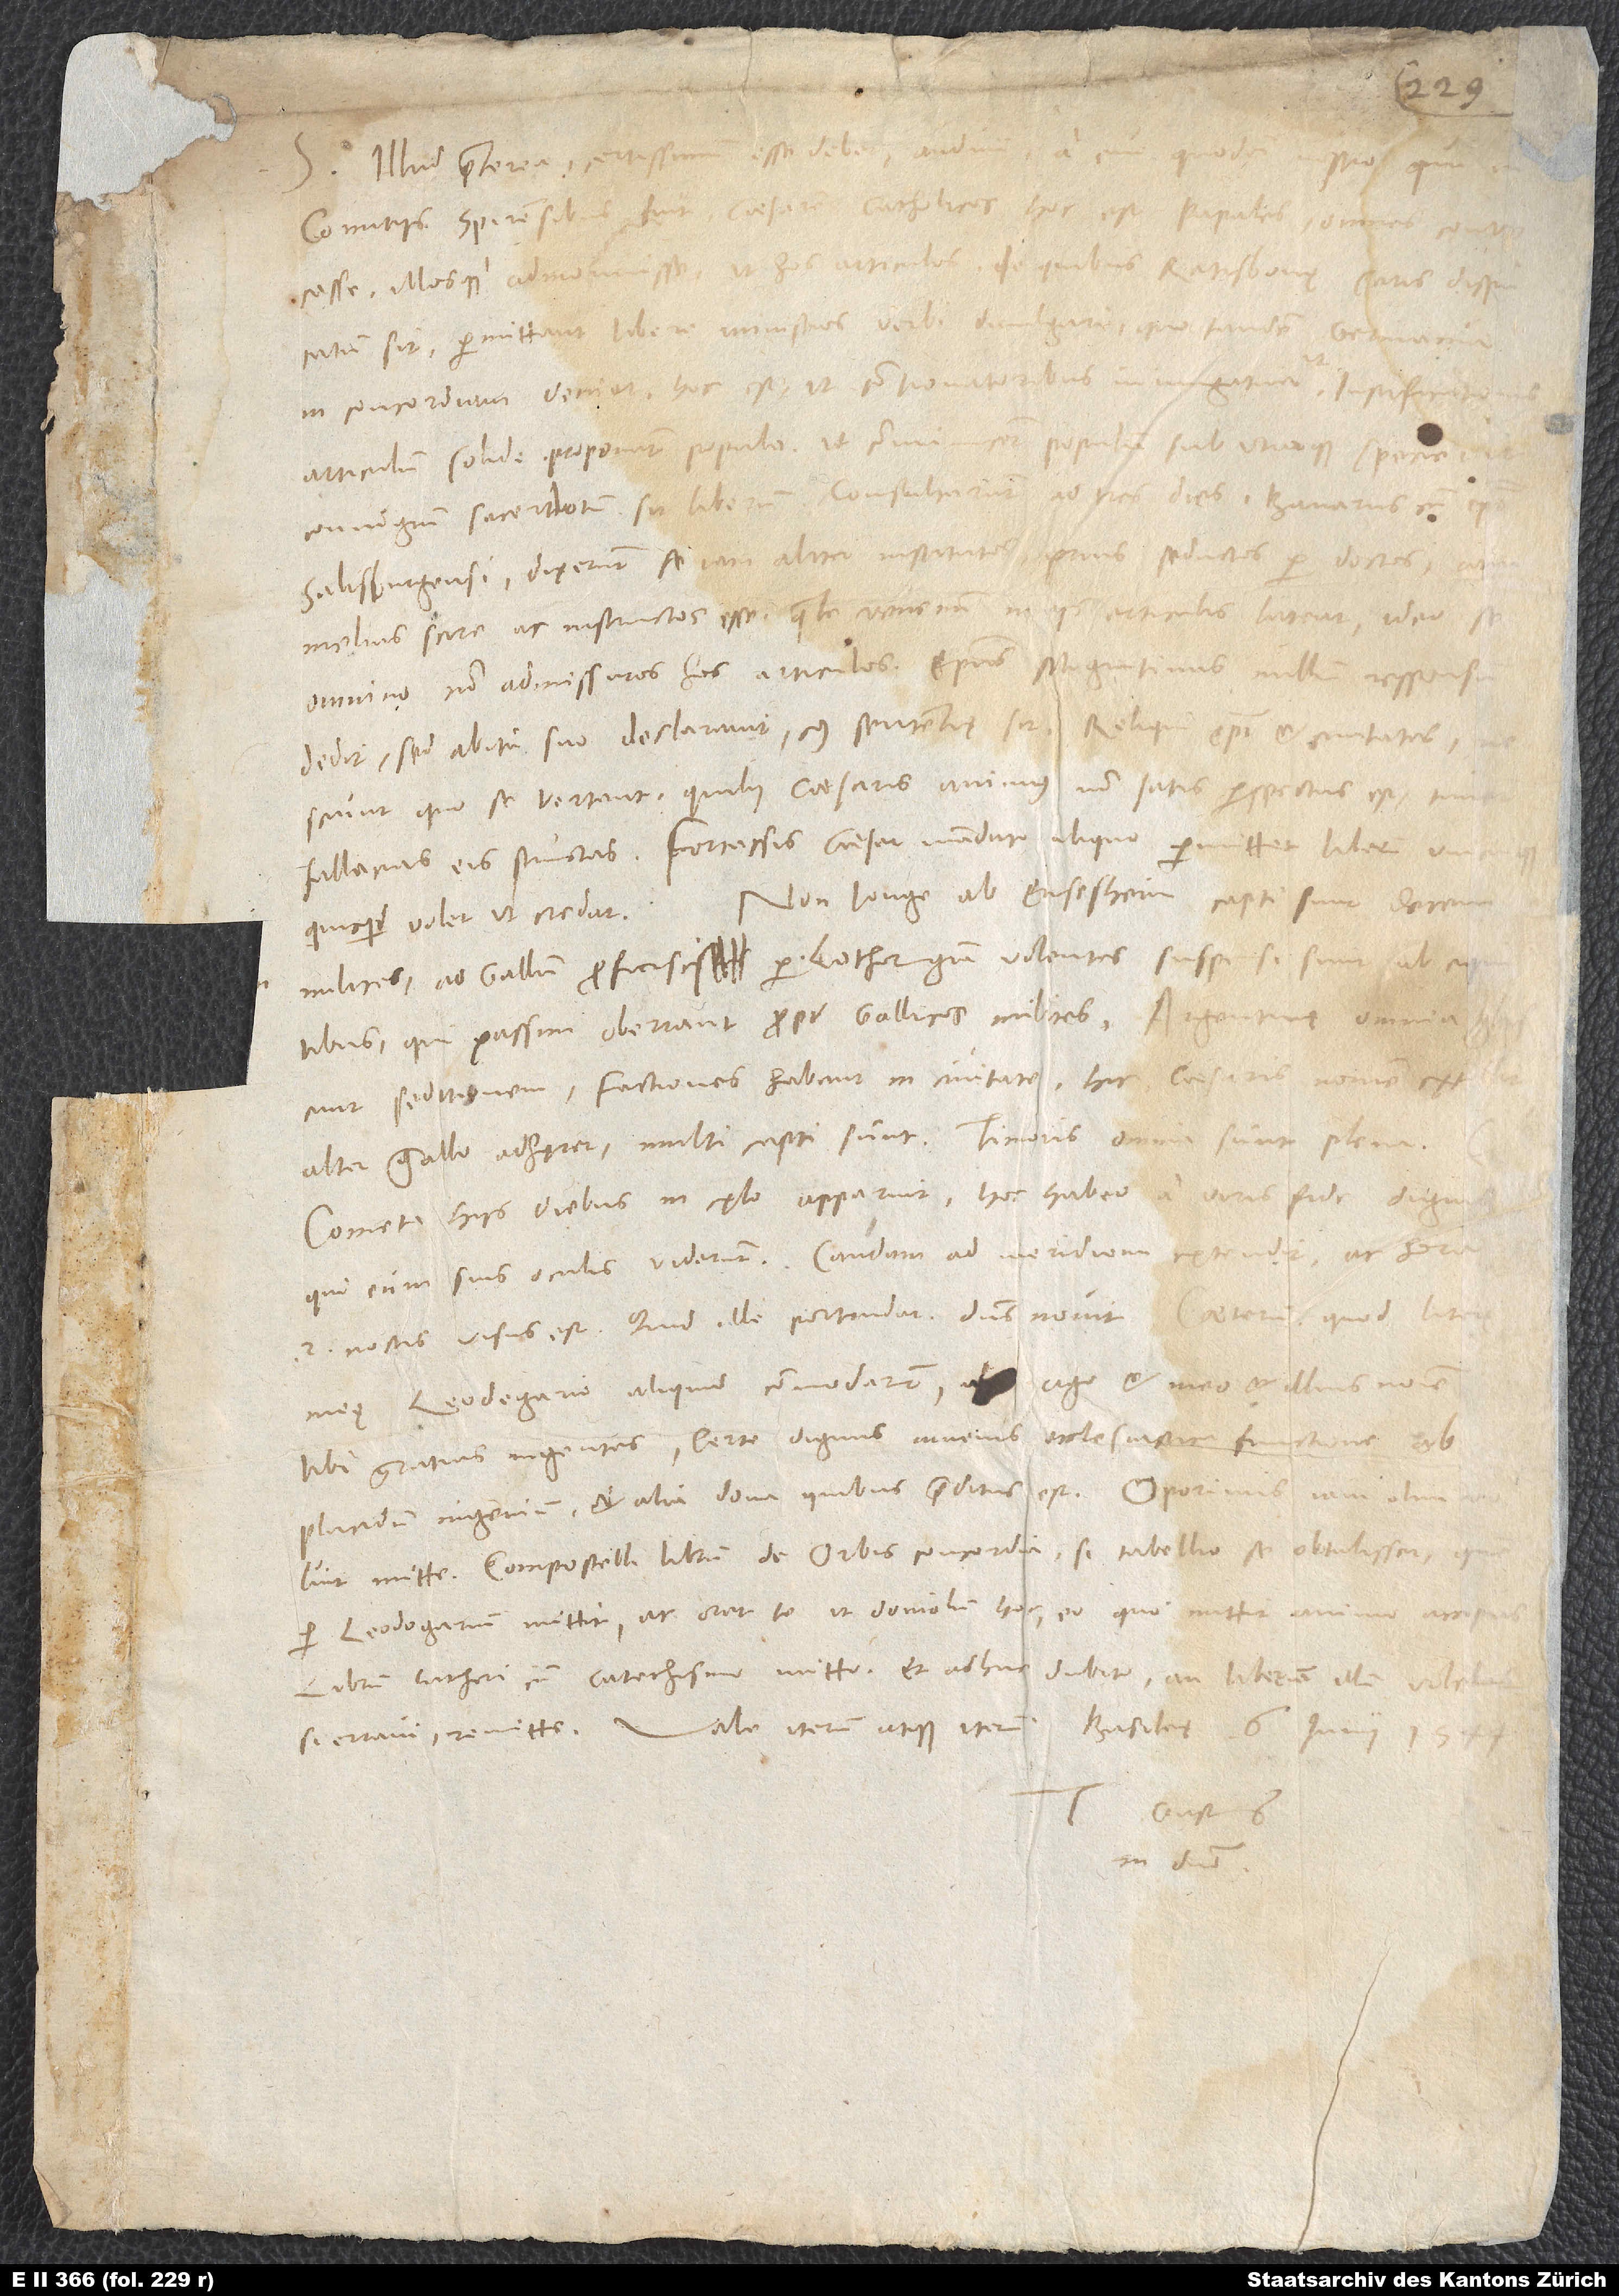
S. Illud praeterea certissimum esse debet, audivi a cive quodam
comitiis Spirensibus fuit, caesarem catholicos, hoc est papales, omnes convocasse
illosque admonuisse, ut hos articulos, de quibus Ratisbonę satis disputatum
sit, permittant libere ministros verbi divulgare, quo tandem Germania
in concordiam veniat, hoc est, ut contionatoribus iniungatur, ut iustificationis
articulum solide proponant populo, ut communicent populum sub utraque specie,
coniugium sacerdotum sit liberum. Consultarunt ad tres dies. Bavarus cum
Salisburgensi dixerunt se iam aliter institutos, prius seductos per doctos, iam
melius scire ac instructos esse, quale venenum in iis articulis lateat; ideo se
dedit, sed abitu suo declaravit, cuius sententię sit. Reliqui episcopi et civitates
fallacias eis structas. Fortassis caesar mandato aliquo permittet liberum unicuique,
Non longe ab Ensesheim capti sunt decem
quicquid volet, ut credat.
milites; ad Gallum proficisci per Lotharingiam volentes suspensi sunt ab equitibus,
qui passim oberrant propter Gallicos milites. Argentinę omnia
seditionem. Factiones habent in civitate; hic caesaris nomen extollit,
alter Gallo adhęret, multi capti sunt. Timoris omnia sunt plena.
Cometa hiis diebus in cęlo apparuit. Hoc habeo a viris fide dignis,
qui eum suis oculis viderunt. Caudam ad meridiem extendit ac hora
meę Leodegario aliquid commodarunt, ago et meo et illius nomine
tibi gratias ingentes. Certe dignus iuvenis scolastica functione ob
mittere Compostelli librum De orbis concordia, si tabellio se obtulisset; quem
per Leodegarium mittit ac orat te, ut doniolum hoc eo, quo mittit, animo accipias.
Librum Lutheri cum catechismo mitto et adhuc
dubito, an librum illum volebas;
Basileę, 6. iunii 1544.
Tuus Gastius
in domino.